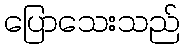
ပြောသေးသည်